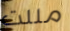
مللت